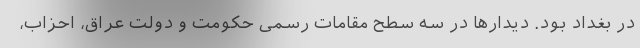
در بغداد بود. دیدارها در سه سطح مقامات رسمی حکومت و دولت عراق، احزاب،